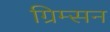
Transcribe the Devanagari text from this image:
ग्रिम्सन